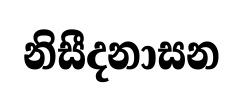
නිසීදනාසන